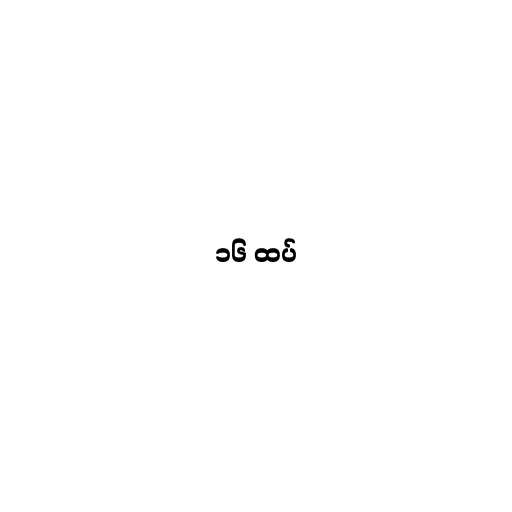
၁၆ ထပ်